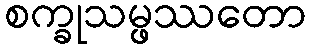
စက္ခုသမ္ဖဿတော